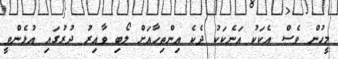
މީހުން ވެސް އެކަކު އަނެކަކު ދެކެ އިންތިހާއަށް ލޯބި ވާއިރު ދުރުގައި އުޅެންވީ